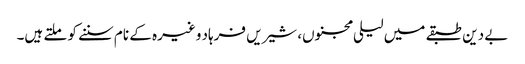
بے دین طبقے میں لیلی مجنوں، شیریں فرہاد وغیرہ کے نام سننے کو ملتے ہیں۔